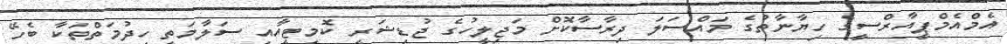
އެމްއެމްޕީއާރްސީގެ ހިޔާނާތުގެ މައްސަލަ ދިރާސާކޮށް މަޖިލީހުގެ ޖުޑިޝަރީ ކޮމިޓީއާއި ސަލާމަތީ ހިދުމަތްތަކާ ބެހޭ